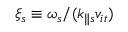
\xi _ { s } \equiv \omega _ { s } / ( k _ { \parallel s } v _ { i t } )